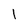
Character: 1